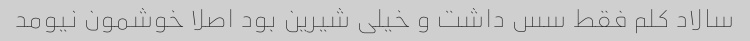
سالاد کلم فقط سس داشت و خیلی شیرین بود اصلا خوشمون نیومد